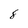
Character: 8